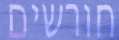
חורשים